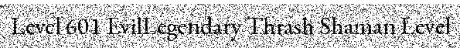
Level 601 EvilLegendary Thrash Shaman Level